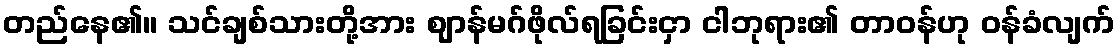
တည်နေ၏။ သင်ချစ်သားတို့အား ဈာန်မဂ်ဖိုလ်ရခြင်းငှာ ငါဘုရား၏ တာဝန်ဟု ဝန်ခံလျက်